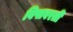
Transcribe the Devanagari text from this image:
विषावरती